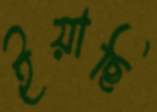
ইয়াছি